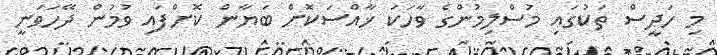
މި ހަދީސް ތަކުގައި މުސްލިމުންގެ ވާހަކަ ޚާއްސަކޮށް ބަޔާން ކޮށްފައި ވުމުން ދޭހަވަނީ